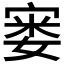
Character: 𪧘